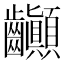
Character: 𪚉